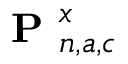
\textbf { P } _ { n , a , c } ^ { x }